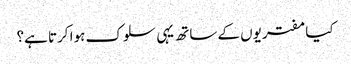
کیا مفتریوں کے ساتھ یہی سلوک ہوا کرتا ہے؟